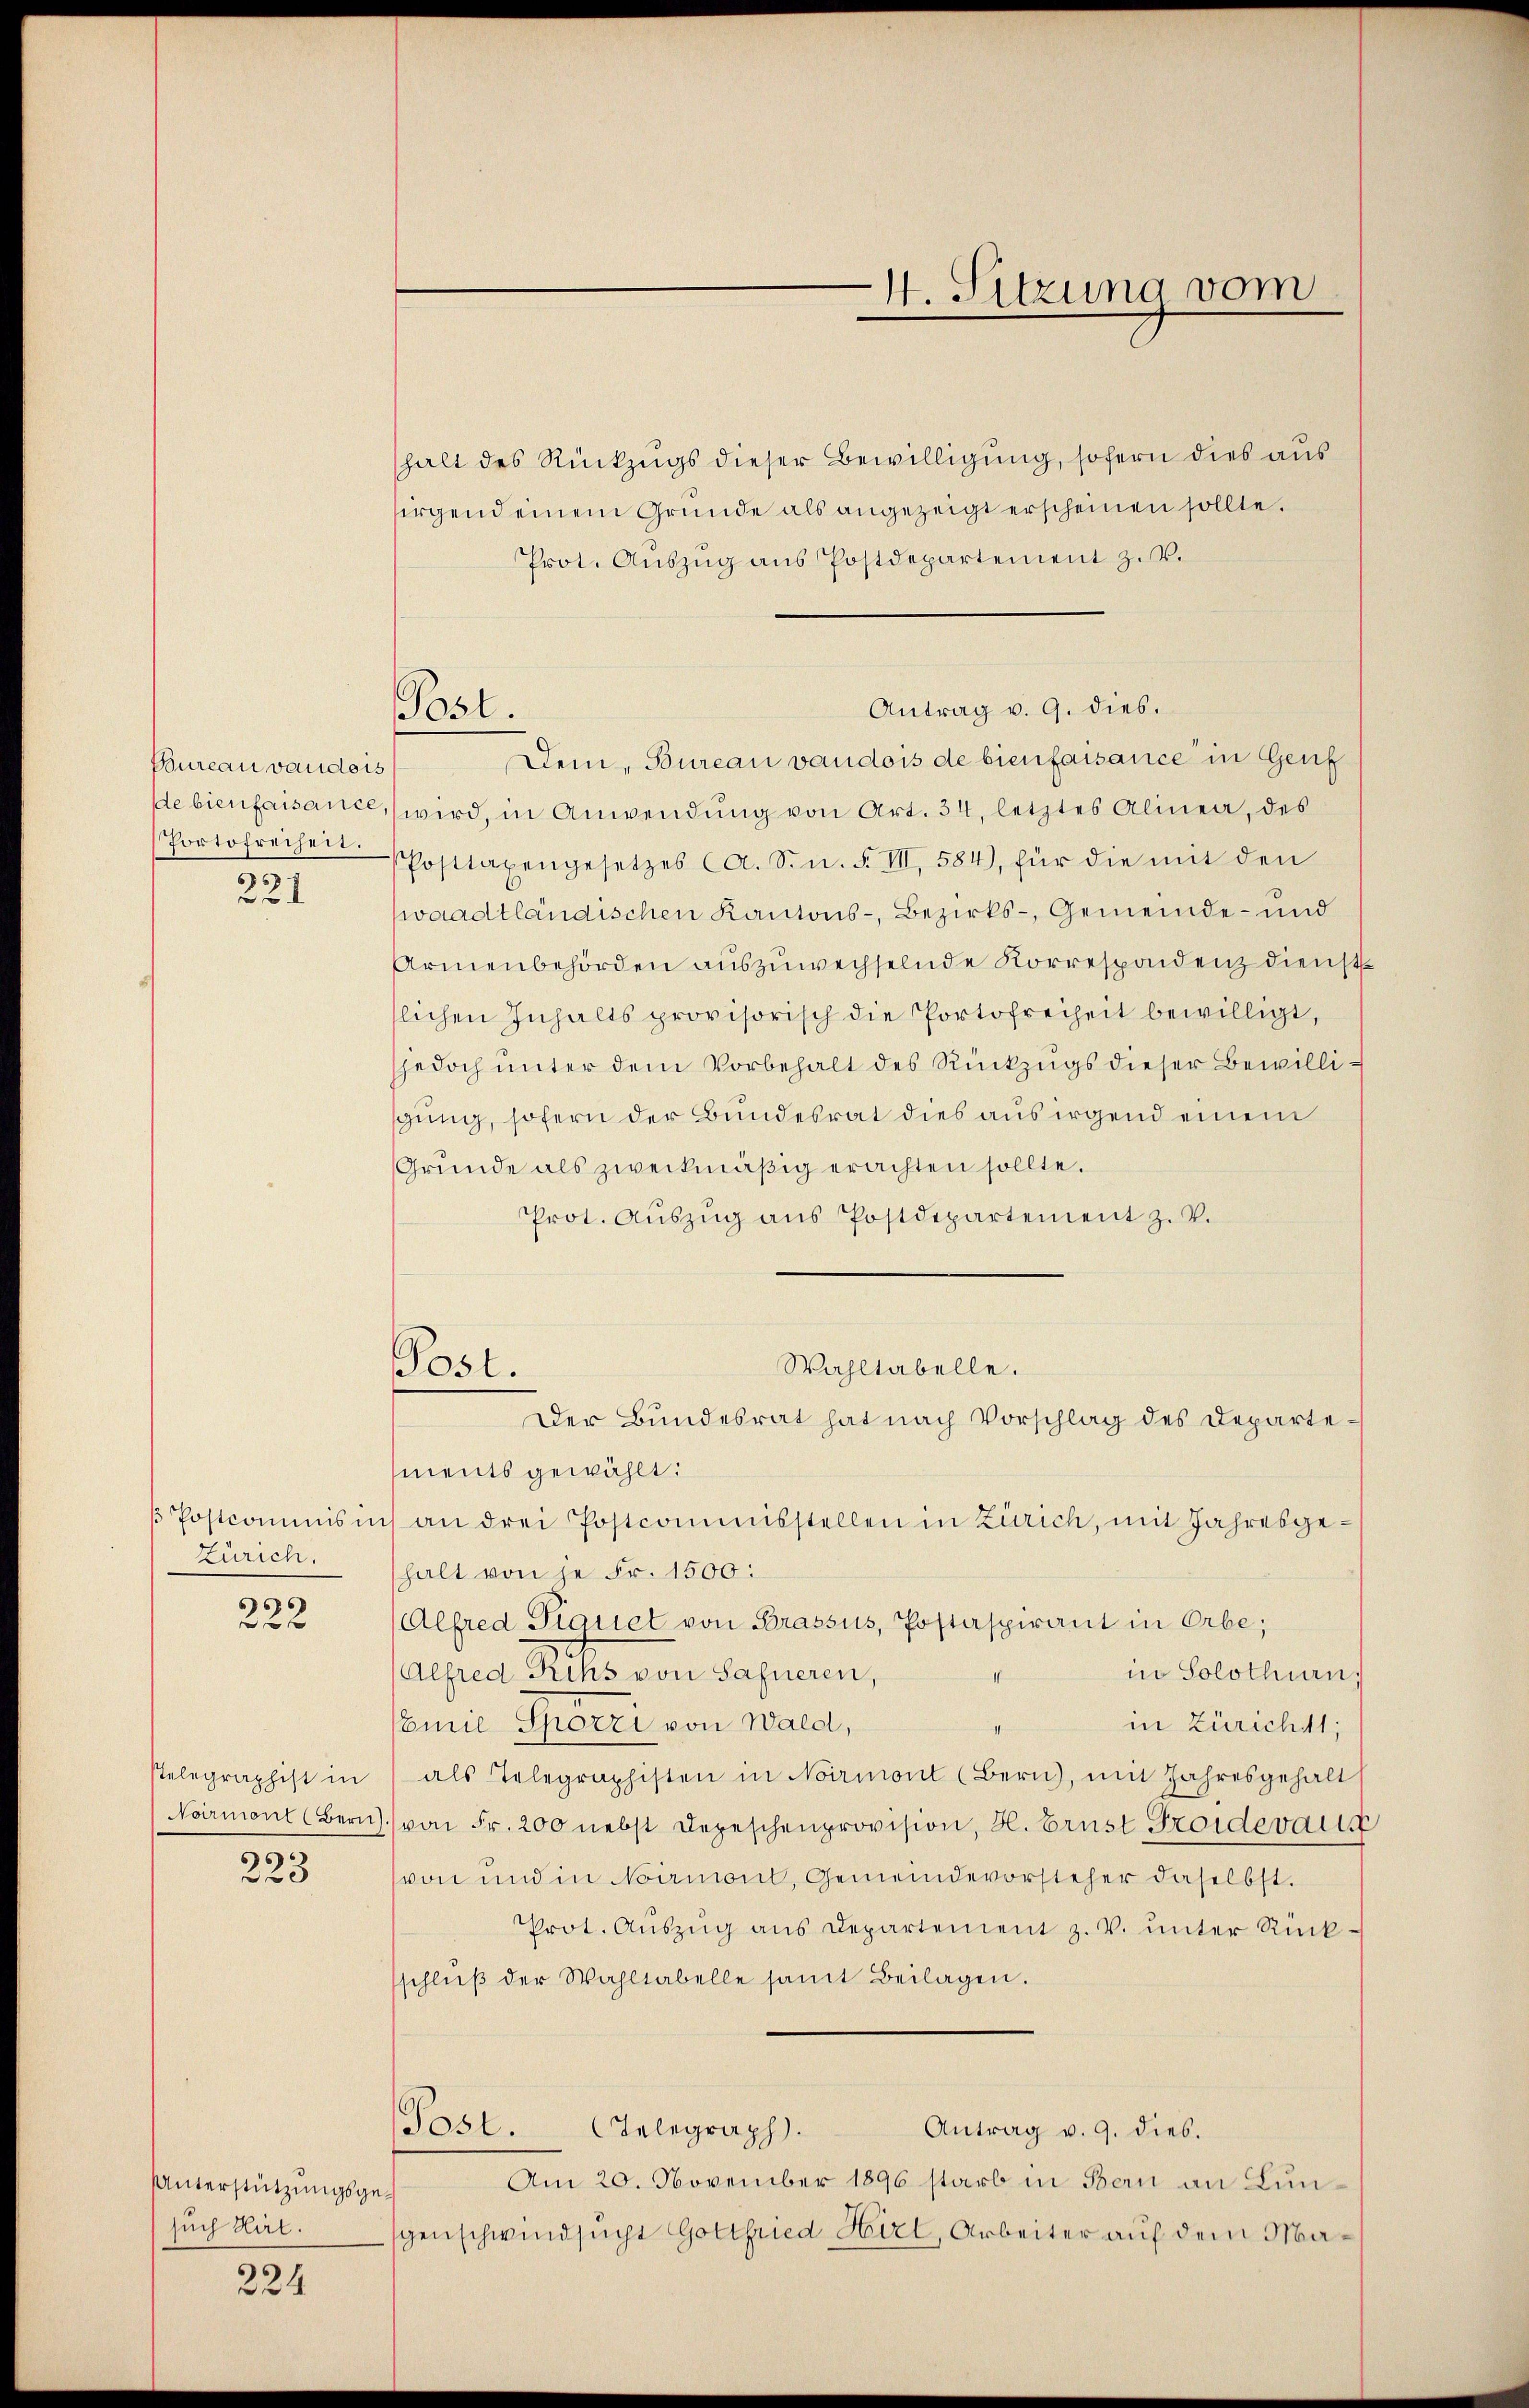
Bureau vaudois

221

Zürich.

6
 22 x

.

20

Unterstützungsgesuch Hirl.

224

halt des Rückzugs dieser Bewilligung, sofern dies aus
irgend einem Gründe als angezeigt erscheinen sollte.
Prot. Auszug aus Postdepartement z. v.
Dein, Bureau vaudois de bienfaisance in Genf
de bienfaisance, wird, in Anwendung von Art. 34, letztes Alinea, des
Portofrechen Posttagengesetzes (A. S. n. F. III, 584), für die mit den
waadtländischen Kantons-, Bezirks-, Gemeinde- und
Armenbehörden auszuwechselnde Korrespondenz dienst
slichen Inhalts provisorisch die Portofreiheit bewilligt,
sjedoch unter dem Vorbehalt des Rückzugs dieser Bewillisgung, sofern der Bundesrat dies aus irgend einem
Gründe als zweckmäßig erachten sollte.
Prot. Aŭszŭg ans Postdepartement z. v.
Wahltabelle.
Post.
Der Bundesrat hat nach Vorschlag des Departe
ments gewählt:
/ Postcommis in an drei Postcommisstellen in Zürich, mit Jahresge-
halt von je Fr. 1500:
Alfred Signet von Brassus, Postaspirant in Erbe,
io Solothurn,
Alfred Keks von Safneren,
1
emie Spörri von Wald,
in Zürichtt;
stelegraphist in als Telegraphisten in Noirmont (Bern, mit Jahresgehalt
Noirmont (Bern von Fr. 200 nebst Depeschenprovision, H. Ernst Froidevai
von und in Noirmont, Gemeindevorsteher daselbst.
Prot. Aŭszŭg ans Departement z. V. ŭnter Rück-
schlŭβ der Wahltabelle samt Beilagen.
Post. Telegraph.
Antrag v. 9. dies.
Am 20. November 1896 starb in Bern an Lungenschwindsucht Gottfried Hirt, Arbeiter auf dem Ma¬

Post.

4. Sitzung vom

Antrag v. 9. dies.